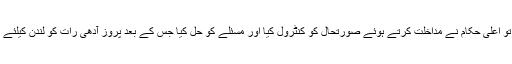
معاملہ بڑھا تو اعلیٰ حکام نے مداخلت کرتے ہوئے صورتحال کو کنٹرول کیا اور مسئلے کو حل کیا جس کے بعد پروز آدھی رات کو لندن کیلئے روانہ ہوئی ۔